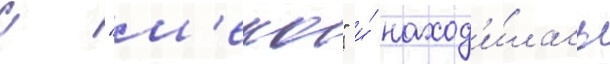
с "м'еко" и́ наход'и́лась